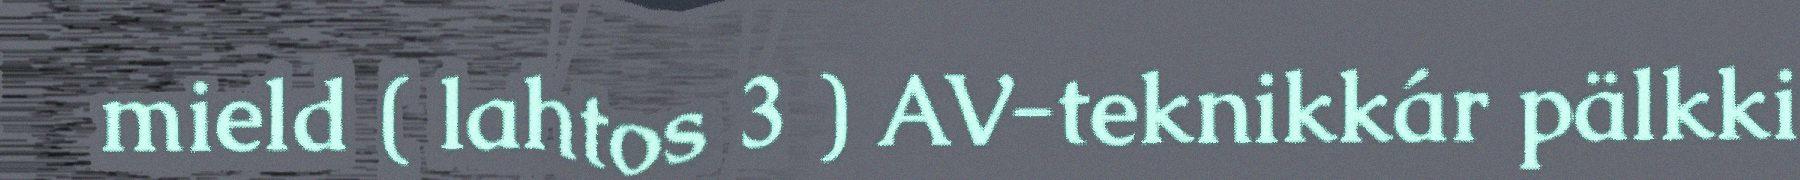
mield ( lahtos 3 ) AV-teknikkár pälkki